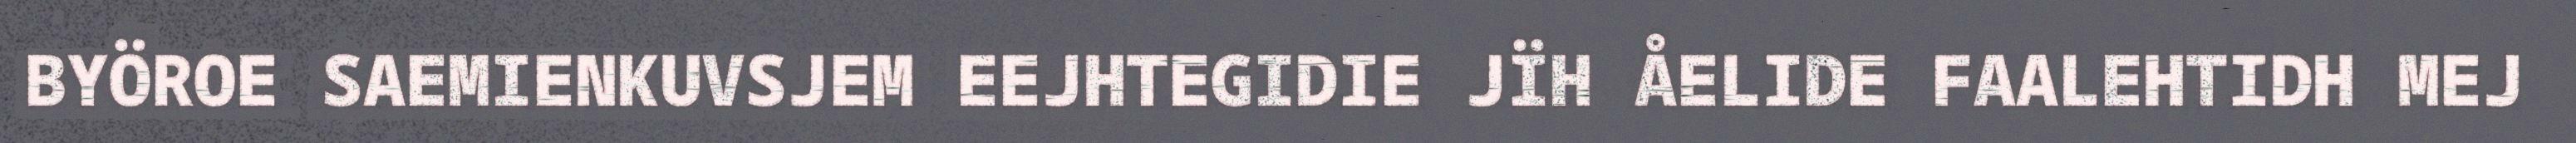
BYÖROE SAEMIENKUVSJEM EEJHTEGIDIE JÏH ÅELIDE FAALEHTIDH MEJ